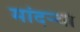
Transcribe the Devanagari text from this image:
मांदऱ्या